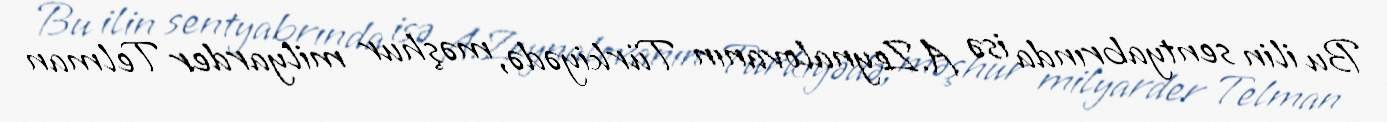
Bu ilin sentyabrında isə A.Zeynalovanın Türkiyədə, məşhur milyarder Telman